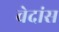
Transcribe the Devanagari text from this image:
वेदांस